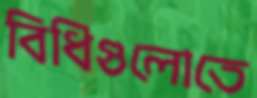
বিধিগুলোতে